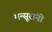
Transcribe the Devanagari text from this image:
मन्सूरांनी